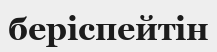
беріспейтін